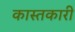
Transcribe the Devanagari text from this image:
कास्तकारी